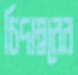
চিদাম্বরের